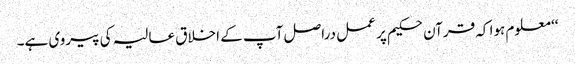
‘‘ معلوم ہوا کہ قرآن حکیم پر عمل دراصل آپ کے اخلاق عالیہ کی پیروی ہے۔